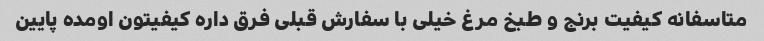
متاسفانه کیفیت برنج و طبخ مرغ خیلی با سفارش قبلی فرق داره کیفیتون اومده پایین